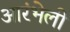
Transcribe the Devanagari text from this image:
आरंभेली